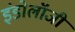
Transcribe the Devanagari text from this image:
इंडोलॉजी